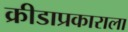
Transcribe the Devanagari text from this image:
क्रीडाप्रकाराला